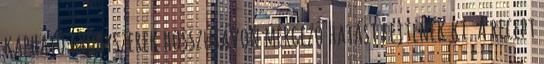
kapható gyógyszerek hosszútávon mérgező hatást fejtenek ki. A recept